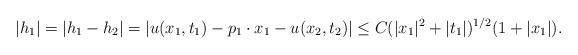
LaTeX: \begin{align*}|h_{1}|=|h_{1}-h_{2}|=|u(x_{1}, t_{1})-p_{1}\cdot x_{1}-u(x_{2}, t_{2})|\leq C(|x_{1}|^{2}+|t_{1}|)^{1/2}(1+|x_{1}|).\end{align*}